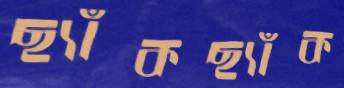
ছ্যাঁকছ্যাঁক